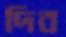
দিব